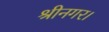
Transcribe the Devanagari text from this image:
श्रीनगर।